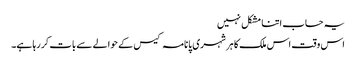
یہ حساب اتنا مشکل نہیں
اس وقت اس ملک کا ہر شہری پانامہ کیس کے حوالے سے بات کر رہا ہے۔